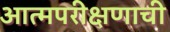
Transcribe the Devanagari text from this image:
आत्मपरीक्षणाची